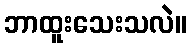
ဘာထူးသေးသလဲ။